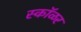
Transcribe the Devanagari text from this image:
स्कॉळर